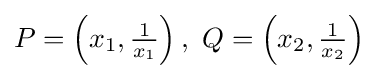
P=\left(x_{1},{\tfrac {1}{x_{1}}}\right),\ Q=\left(x_{2},{\tfrac {1}{x_{2}}}\right)